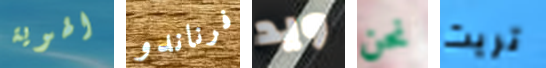
الهوية فرناندو ويد نحن تريث